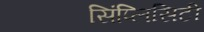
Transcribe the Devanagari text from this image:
सिंप्लिसिटी